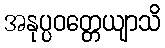
အနုပ္ပဝတ္တေယျာသိ